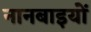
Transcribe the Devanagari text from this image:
नानबाइयों